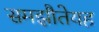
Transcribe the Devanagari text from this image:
समझौतेयह